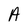
Character: A